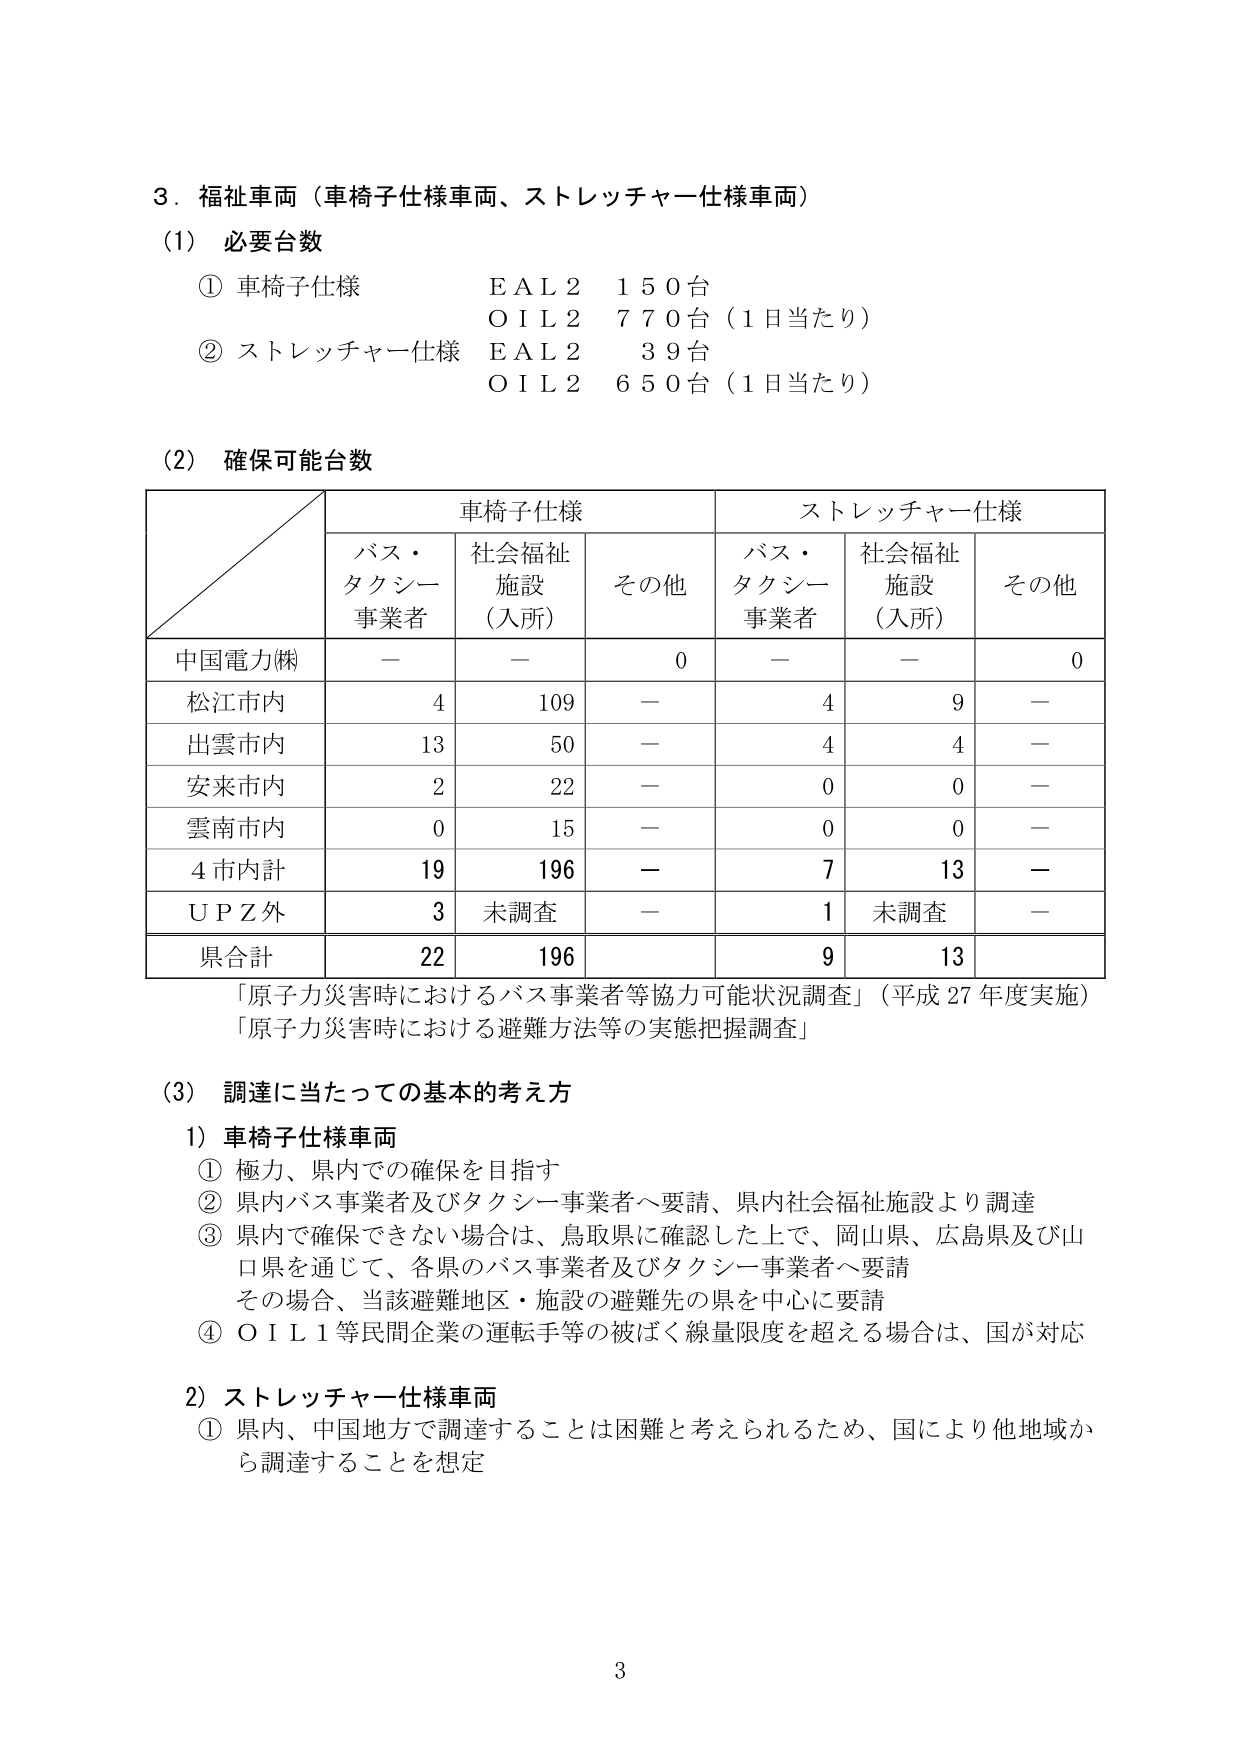
3．福祉車両（車椅子仕様車両、ストレッチャー仕様車両）

(1) 必要台数
① 車椅子仕様　ＥＡＬ２　１５０台
　　　　　　　ＯＩＬ２　７７０台（１日当たり）
② ストレッチャー仕様　ＥＡＬ２　３９台
　　　　　　　　　　　ＯＩＬ２　６５０台（１日当たり）

(2) 確保可能台数

　　　　　　　　　　　車椅子仕様　　　　　　　ストレッチャー仕様
　　　　　　　　バス・　　　社会福祉　　　その他　　　バス・　　　社会福祉　　　その他
　　　　　　　　タクシー　　施設　　　　　　　　タクシー　　施設　　　　　　
　　　　　　　　事業者　　（入所）　　　　　　事業者　　（入所）

中国電力㈱　　　－　　　－　　　０　　　－　　　－　　　０
松江市内　　　　４　　　１０９　　　－　　　４　　　９　　　－
出雲市内　　　　１３　　　５０　　　－　　　４　　　４　　　－
安来市内　　　　２　　　２２　　　－　　　０　　　０　　　－
雲南市内　　　　０　　　１５　　　－　　　０　　　０　　　－
４市内計　　　　１９　　　１９６　　　－　　　７　　　１３　　　－
ＵＰＺ外　　　　３　　　未調査　　　－　　　１　　　未調査　　　－
県合計　　　　２２　　　１９６　　　　　　　９　　　１３

「原子力災害時におけるバス事業者等協力可能状況調査」（平成27年度実施）
「原子力災害時における避難方法等の実態把握調査」

(3) 調達に当たっての基本的考え方

1）車椅子仕様車両
① 極力、県内での確保を目指す
② 県内バス事業者及びタクシー事業者へ要請、県内社会福祉施設より調達
③ 県内で確保できない場合は、鳥取県に確認した上で、岡山県、広島県及び山口県を通じて、各県のバス事業者及びタクシー事業者へ要請
　その場合、当該避難地区・施設の避難先の県を中心に要請
④ ＯＩＬ１等民間企業の運転手等の被ばく線量限度を超える場合は、国が対応

2）ストレッチャー仕様車両
① 県内、中国地方で調達することは困難と考えられるため、国により他地域から調達することを想定

3